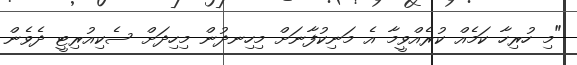
"މި ހުރިހާ ކަމެއް ކުރެއްވީމާ އެ މަނިކުފާނަށް މިހިނދުން މިހިދަށް ސެކިއުރިޓީ ދެވެން